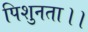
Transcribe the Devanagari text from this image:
पिशुनता।।